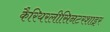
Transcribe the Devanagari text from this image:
कैरियरलीसिनटरशाइर